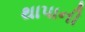
થાપાની